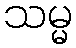
သမ္မ